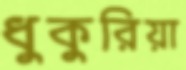
ধুকুরিয়া